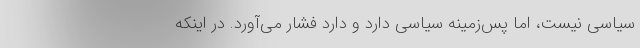
سیاسی نیست، اما پس‌زمینه سیاسی دارد و دارد فشار می‌آورد. در اینکه